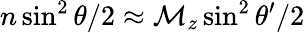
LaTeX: n\sin^{2}\theta/2\approx\mathcal{M}_{z}\sin^{2}\theta^{\prime}/2